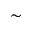
\sim